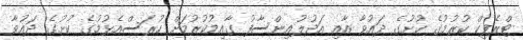
ޓްރެފިކް ކުރުމުގެ ކުށުގެ ދައުވާ އާއި އަދުލުއިންސާފު ގާއިމުކުރުމަށް ހުރަސްއެޅުމުގެ ކުށުގެ ދައުވާ